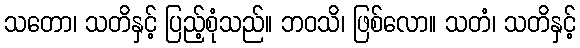
သတော၊ သတိနှင့် ပြည့်စုံသည်။ ဘဝသိ၊ ဖြစ်လော။ သတံ၊ သတိနှင့်